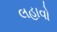
લહાવો